Vaccination in the Punjab 1905-1918 - 1905-1918
Year: 1905
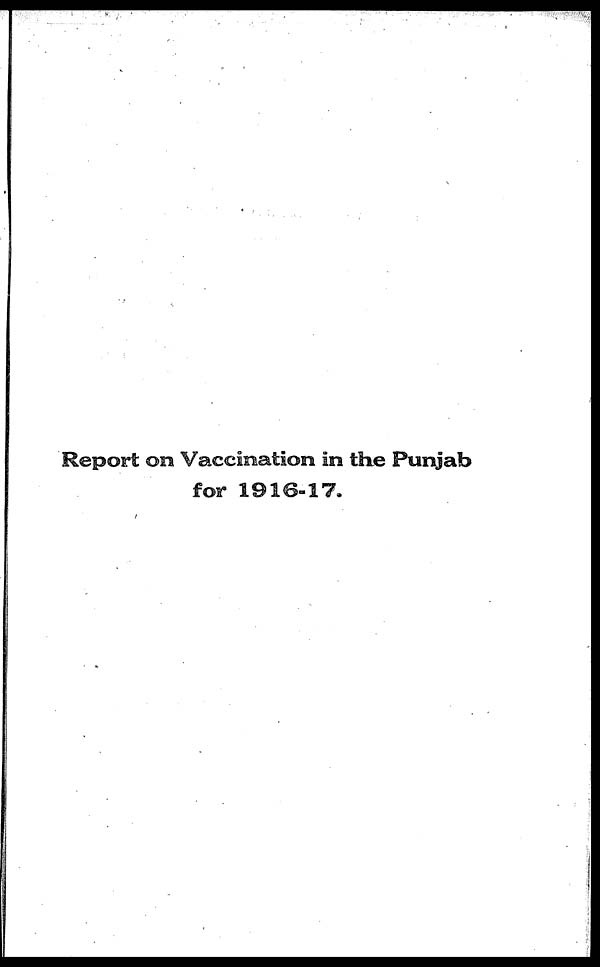
Report on Vaccination in the Punjab
for 1916-17.